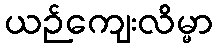
ယဉ်ကျေးလိမ္မာ